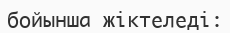
бойынша жіктеледі: